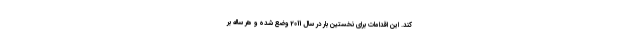
کند. این اقدامات برای نخستین بار در سال 2011 وضع شده و هر ساله بر